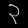
Digit: ၃